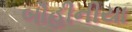
બૌહીનીયા